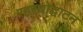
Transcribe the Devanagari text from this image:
रहस्‍योद्घाटन